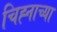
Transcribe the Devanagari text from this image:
चिह्नाच्या